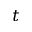
t